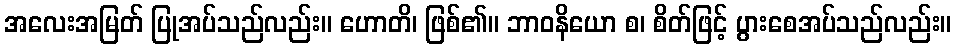
အလေးအမြတ် ပြုအပ်သည်လည်း။ ဟောတိ၊ ဖြစ်၏။ ဘာဝနိယော စ၊ စိတ်ဖြင့် ပွားစေအပ်သည်လည်း။